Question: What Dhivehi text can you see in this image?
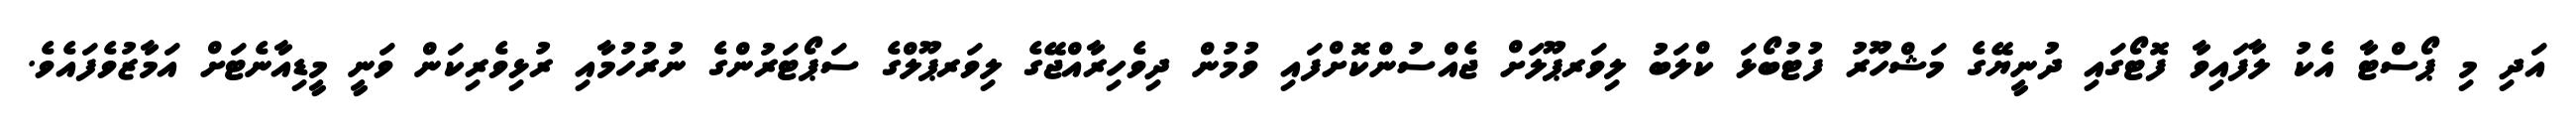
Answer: އަދި މި ޕޯސްޓާ އެކު ލާފައިވާ ފޮޓޯގައި ދުނީޔޭގެ މަޝްހޫރު ފުޓުބޯޅަ ކްލަބު ލިވަރޕޫލަށް ޖެއްސުންކޮށްފައި ވުމުން ދިވެހިރާއްޖޭގެ ލިވަރޕޫލްގެ ސަޕޯޓަރުންގެ ނުރުހުމާއި ރުޅިވެރިކަން ވަނީ މީޑިއާނެޓަށް އަމާޒުވެފައެވެ.